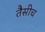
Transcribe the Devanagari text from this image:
तैसीच